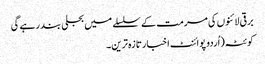
برقی لائنوں کی مرمت کے سلسلے میں بجلی بند رہے گی
کوئٹہ(اُردو پوائنٹ اخبارتازہ ترین۔